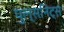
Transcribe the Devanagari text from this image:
पुल्सनिट्स